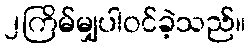
၂ကြိမ်မျှပါဝင်ခဲ့သည်။